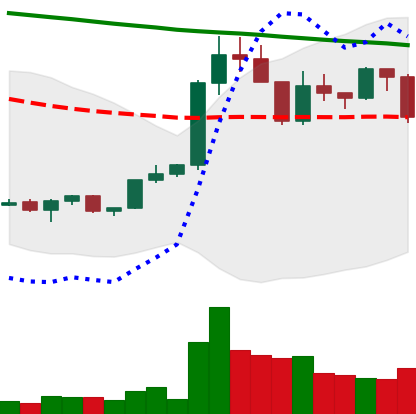
Ticker: XRP-USD
Chart end date: 2022-02-17
Forward return: -5.78%
Label: down_5_7